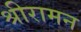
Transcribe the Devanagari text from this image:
श्रीरामन